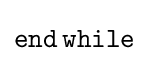
{\mathtt {end\,while}}